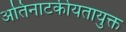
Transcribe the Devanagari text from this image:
अतिनाटकीयतायुक्त